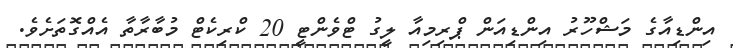
އިންޑިއާގެ މަޝްހޫރު އިންޑިއަން ޕްރިމިއާ ލީގު ޓްވެންޓީ 20 ކްރިކެޓް މުބާރާތާ އެއްގޮތަށެވެ.